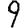
Digit: 9